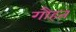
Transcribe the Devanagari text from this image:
गौहत